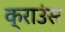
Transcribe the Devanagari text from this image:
क्राउंस